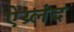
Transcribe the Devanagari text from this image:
ऐय्र्लंद